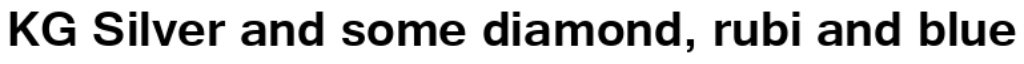
KG Silver and some diamond, rubi and blue